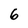
Character: 6